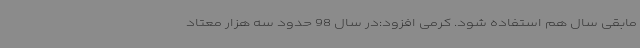
مابقی سال هم استفاده شود. کرمی افزود:در سال 98 حدود سه هزار معتاد